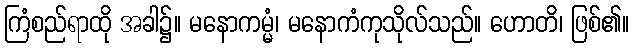
ကြံစည်ရာထို အခါ၌။ မနောကမ္မံ၊ မနောကံကုသိုလ်သည်။ ဟောတိ၊ ဖြစ်၏။